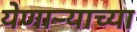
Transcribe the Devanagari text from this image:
येणार्‍याच्या